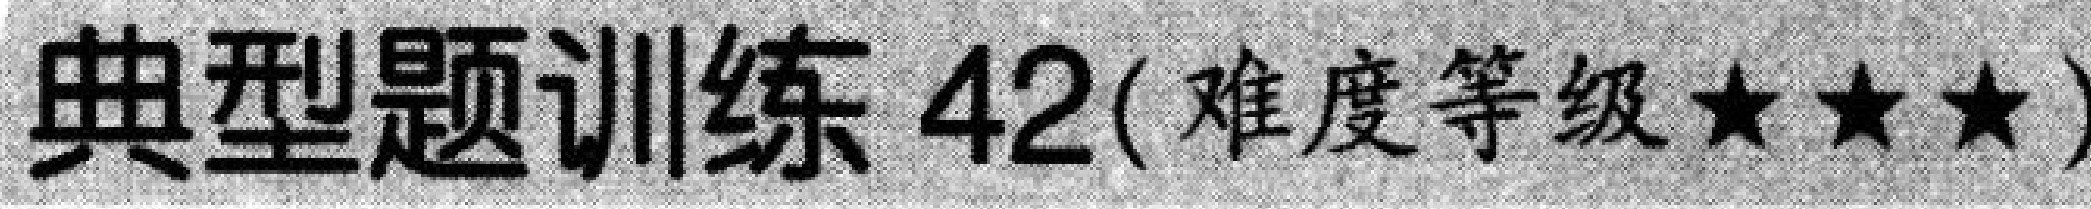
典型题训练 42(难度等级★★★)